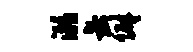
溺缶僻